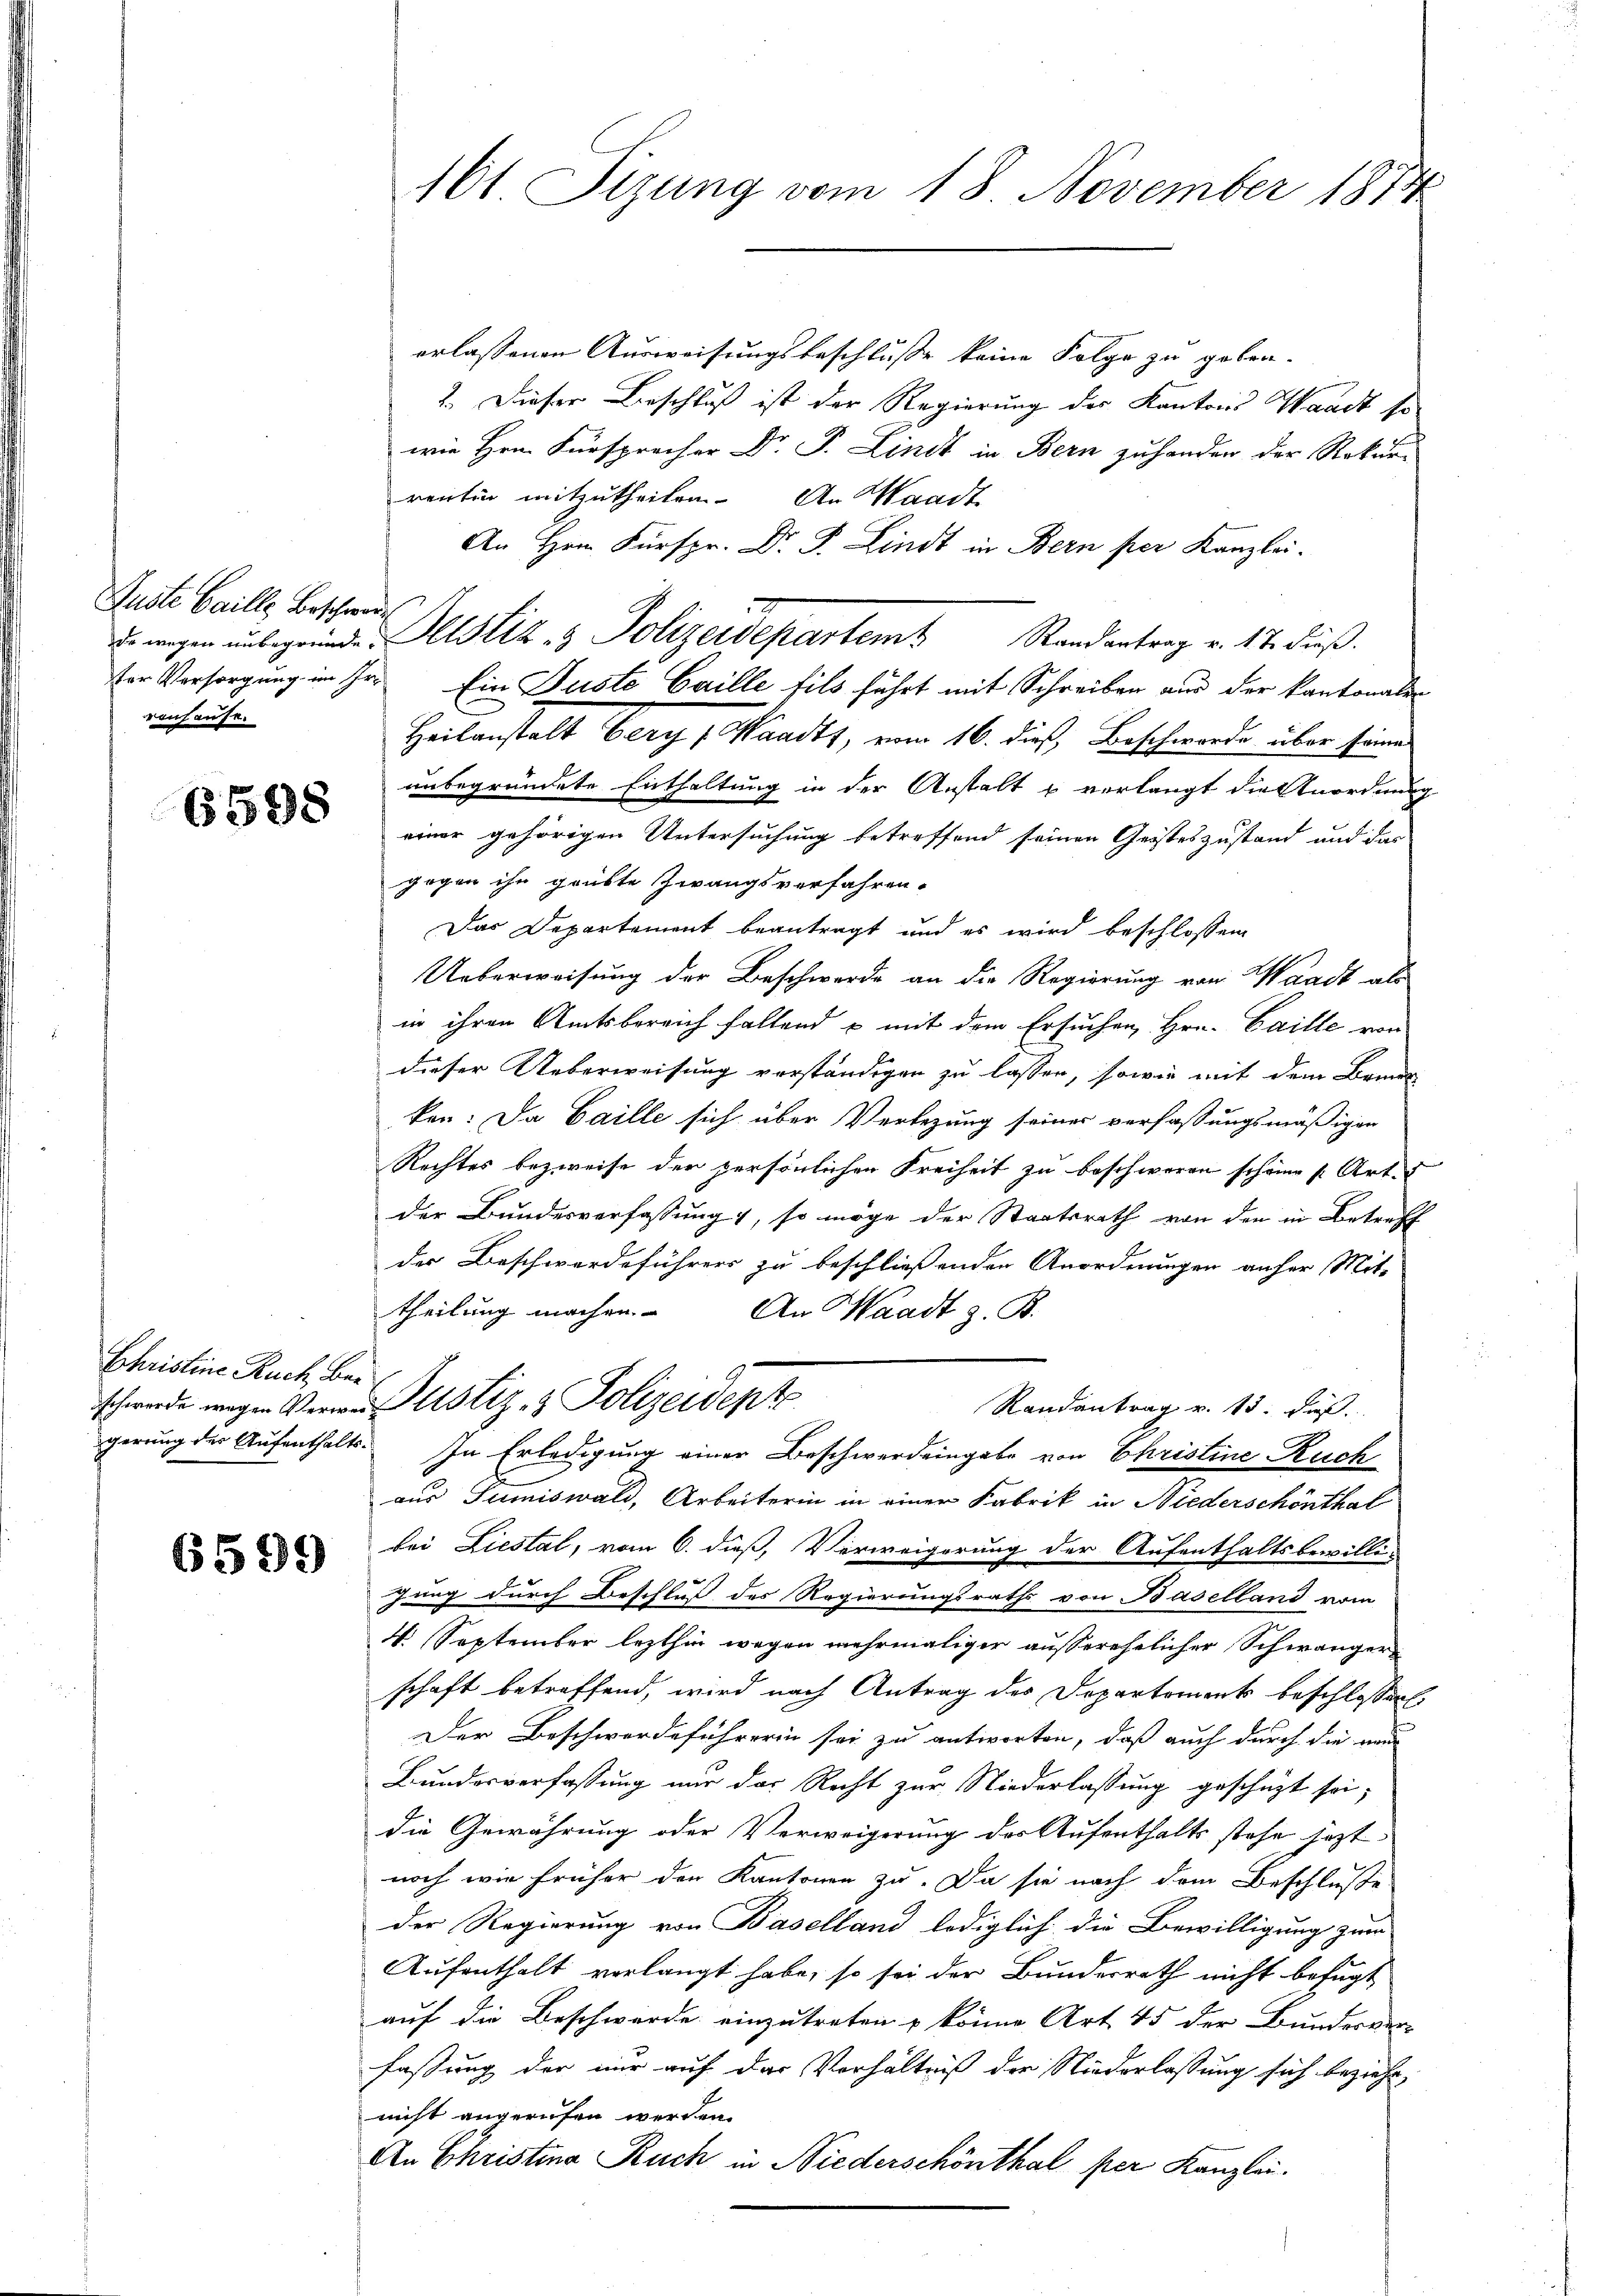
Justi Gaille Beschwerde
renhause.

6598

Christine Ruch Bar

6599

161 Sizung vom 18. November 1874

erlassenen Ausweisungsbeschluße keine Folge zu geben.
2. Dieser Beschluß ist der Regierung des Kantons Waadt so
wie Hrn. Fürsprecher Dr. P. Lindt in Bern zuhanden der Rekur-
rentin mitzutheilen. An Waadt
An Hrn. Fürspr. Dr. P. Lindt in Bern per Kanzlei.
ter Vorsorgung in Hr. Ein Justo Caille fils führt mit Schreiben aus der kantonalen
Heilanstalt berg, Waadt, vom 16. dieß, Beschwerde über seine
unbegründete Enthaltung in der Anstalt u verlangt die Anordnung
einer gehörigen Untersuchung betreffend seinen Geisteszustand und das
gegen ihn grübte Zwangsverfahren.
Das Departement beantragt und es wird beschlossen
Ueberweisung der Beschwerde an die Regierung von Waadt als
in ihren Amtsbereich fallend u mit dem Ersuchen, Hrn. Caille von
dieser Ueberweisung verständigen zu lassen, sowie mit dem Banne
ken: Da Saille sich über Verlegung seiner verfassungsmäßigen
Rechtes bezweife der persönlichen Freiheit zu beschweren schöne Art
der Bundesverfassung, so möge der Staatsrath von den in Betreff
der Beschwerdeführers zu beschließenden Anordnungen anfer Mit-
theilung machen. An Waadt z. B.
schwerde wegen Vernustiz- & Polizeidente
Randantrag v. 13. dieß.
gerung der Aufenthalts. In Erledigung einer Beschwerdeingabe von Christine Ruch
aus Sumiswald, Arbeiterin in einer Fabrik in Niederschönthal
bei Liestal, vom 6. dieß, Verweigerung der Aufenthaltsbewilli-
gung durch Beschluß des Regierungsraths von Baselland vom
4. September lezthin wegen mehrmaliger außerehelicher Schwängere
schaft betreffend, wird nach Antrag des Departements beschlossen:
Der Beschwerdeführerin sei zu antworten, daß auch durch die mi
Bundesverfassung nur das Recht zur Niederlassung geschüzt sei,
die Gewährung oder Verweigerung der Aufenthalts stehe jezt
noch wie früher den Kantonen zu. Da sie nach dem Beschluße
der Regierung von Baselland lediglich die Bewilligung zum
Aufenthalt verlangt habe, so sei der Bunderrath nicht befugt,
auf die Beschwerde einzutreten & könne Art 45 der Bundesver-
fassung der nur auf das Verhältniß der Niederlassung sich bezieht,
nicht angerufen werden.
An Christina Ruch in Niederschönthal per Kanzlei.

e wegen ŭnbegründe Altstiz & Polizeidepartem Randantrag v. 17. dieβ.